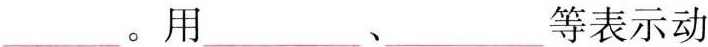
___。用___、___等表示动